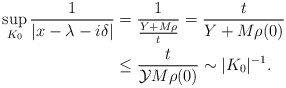
\begin{align*} \sup_{K_0} \frac{ 1 }{ |x- \lambda - i\delta|} &= \frac{1}{ \frac{Y+M\rho}{t} } = \frac{t}{Y + M\rho (0)} \\ & \leq \frac{t}{\mathcal{Y} M\rho (0)} \sim |K_0|^{-1}.\end{align*}